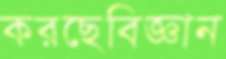
করছেবিজ্ঞান